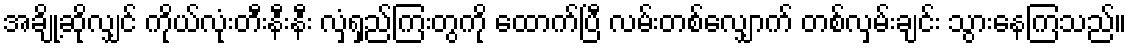
အချို့ဆိုလျှင် ကိုယ်လုံးတီးနီးနီး လှံရှည်ကြးတွကို ထောက်ပြီ လမ်းတစ်လျှောက် တစ်လှမ်းချင်း သွားနေကြသည်။